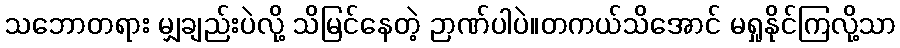
သဘောတရား မျှချည်းပဲလို့ သိမြင်နေတဲ့ ဉာဏ်ပါပဲ။တကယ်သိအောင် မရှုနိုင်ကြလို့သာ